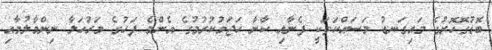
ބޮޑުގޮހޮރުގެ މައިގަނޑު މަސައްކަތަކީ ފެނާއި ކާނާ ހަޖަމުކުރުމުގެ އެންމެ ފަހުގެ މަރުހަލާ ނިންމާލުމާއި